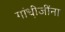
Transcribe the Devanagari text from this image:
गांधी़जींना